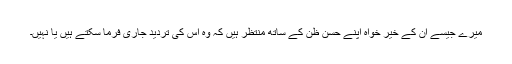
میرے جیسے ان کے خیر خواہ اپنے حسن ظن کے ساتھ منتظر ہیں کہ وہ اس کی تردید جاری فرما سکتے ہیں یا نہیں۔